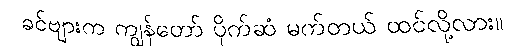
ခင်ဗျားက ကျွန်တော် ပိုက်ဆံ မက်တယ် ထင်လို့လား။